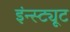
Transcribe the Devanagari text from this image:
इंन्स्ट्यूट